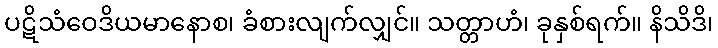
ပဋိသံဝေဒိယမာနောစ၊ ခံစားလျက်လျှင်။ သတ္တာဟံ၊ ခုနှစ်ရက်။ နိသိဒိ၊